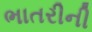
ભાતરીની